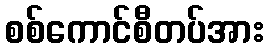
စစ်ကောင်စီတပ်အား